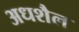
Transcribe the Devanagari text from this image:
अधशैल